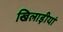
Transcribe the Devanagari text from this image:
खिलाड़ीयां